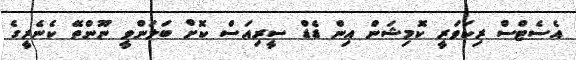
އެސެޓްސް ރިކަވަރީ ކޮމިޝަން އިން ޑެޑް ސީރިއަަސް ކޮށް ބަލަންވީ ނޫންތޭ ކެނެރީގެ